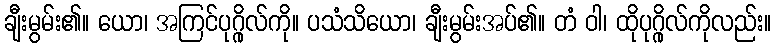
ချီးမွမ်း၏။ ယော၊ အကြင်ပုဂ္ဂိုလ်ကို။ ပသံသိယော၊ ချီးမွမ်းအပ်၏။ တံ ဝါ၊ ထိုပုဂ္ဂိုလ်ကိုလည်း။